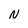
Character: N